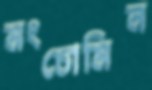
মংচোমিন